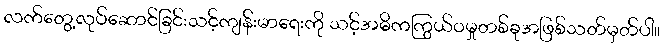
လက်တွေ့လုပ်ဆောင်ခြင်းသင့်ကျန်းမာရေးကို သင့်အဓိကကြွယ်ဝမှုတစ်ခုအဖြစ်သတ်မှတ်ပါ။